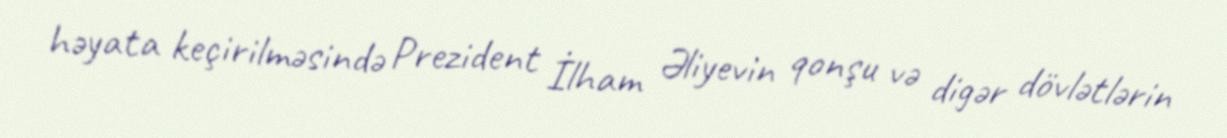
həyata keçirilməsində Prezident İlham Əliyevin qonşu və digər dövlətlərin